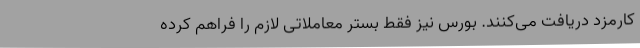
کارمزد دریافت می‌کنند. بورس نیز فقط بستر معاملاتی لازم را فراهم کرده